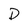
Character: D